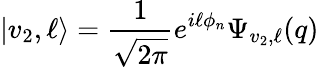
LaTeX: |v_{2},\ell\rangle=\frac{1}{\sqrt{2\pi}}e^{i\ell\phi_{n}}\Psi_{v_{2},\ell}(q)